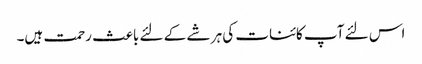
اس لئے آپ کائنات کی ہر شے کے لئے باعث رحمت ہیں۔